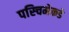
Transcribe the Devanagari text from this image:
पस्चिमेकडे